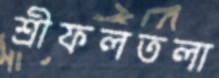
শ্রীফলতলা